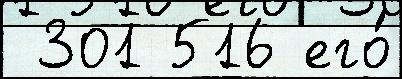
 301 516 его́